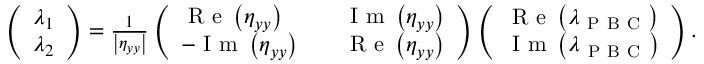
\begin{array} { r } { \left( \begin{array} { l } { \lambda _ { 1 } } \\ { \lambda _ { 2 } } \end{array} \right) = \frac { 1 } { \left| \eta _ { y y } \right| } \left( \begin{array} { l l l } { \mathrm { ~ R ~ e ~ } \left( \eta _ { y y } \right) } & { } & { \mathrm { ~ I ~ m ~ } \left( \eta _ { y y } \right) } \\ { - \mathrm { ~ I ~ m ~ } \left( \eta _ { y y } \right) } & { } & { \mathrm { ~ R ~ e ~ } \left( \eta _ { y y } \right) } \end{array} \right) \left( \begin{array} { l } { \mathrm { ~ R ~ e ~ } \left( \lambda _ { \mathrm { ~ P ~ B ~ C ~ } } \right) } \\ { \mathrm { ~ I ~ m ~ } \left( \lambda _ { \mathrm { ~ P ~ B ~ C ~ } } \right) } \end{array} \right) . } \end{array}